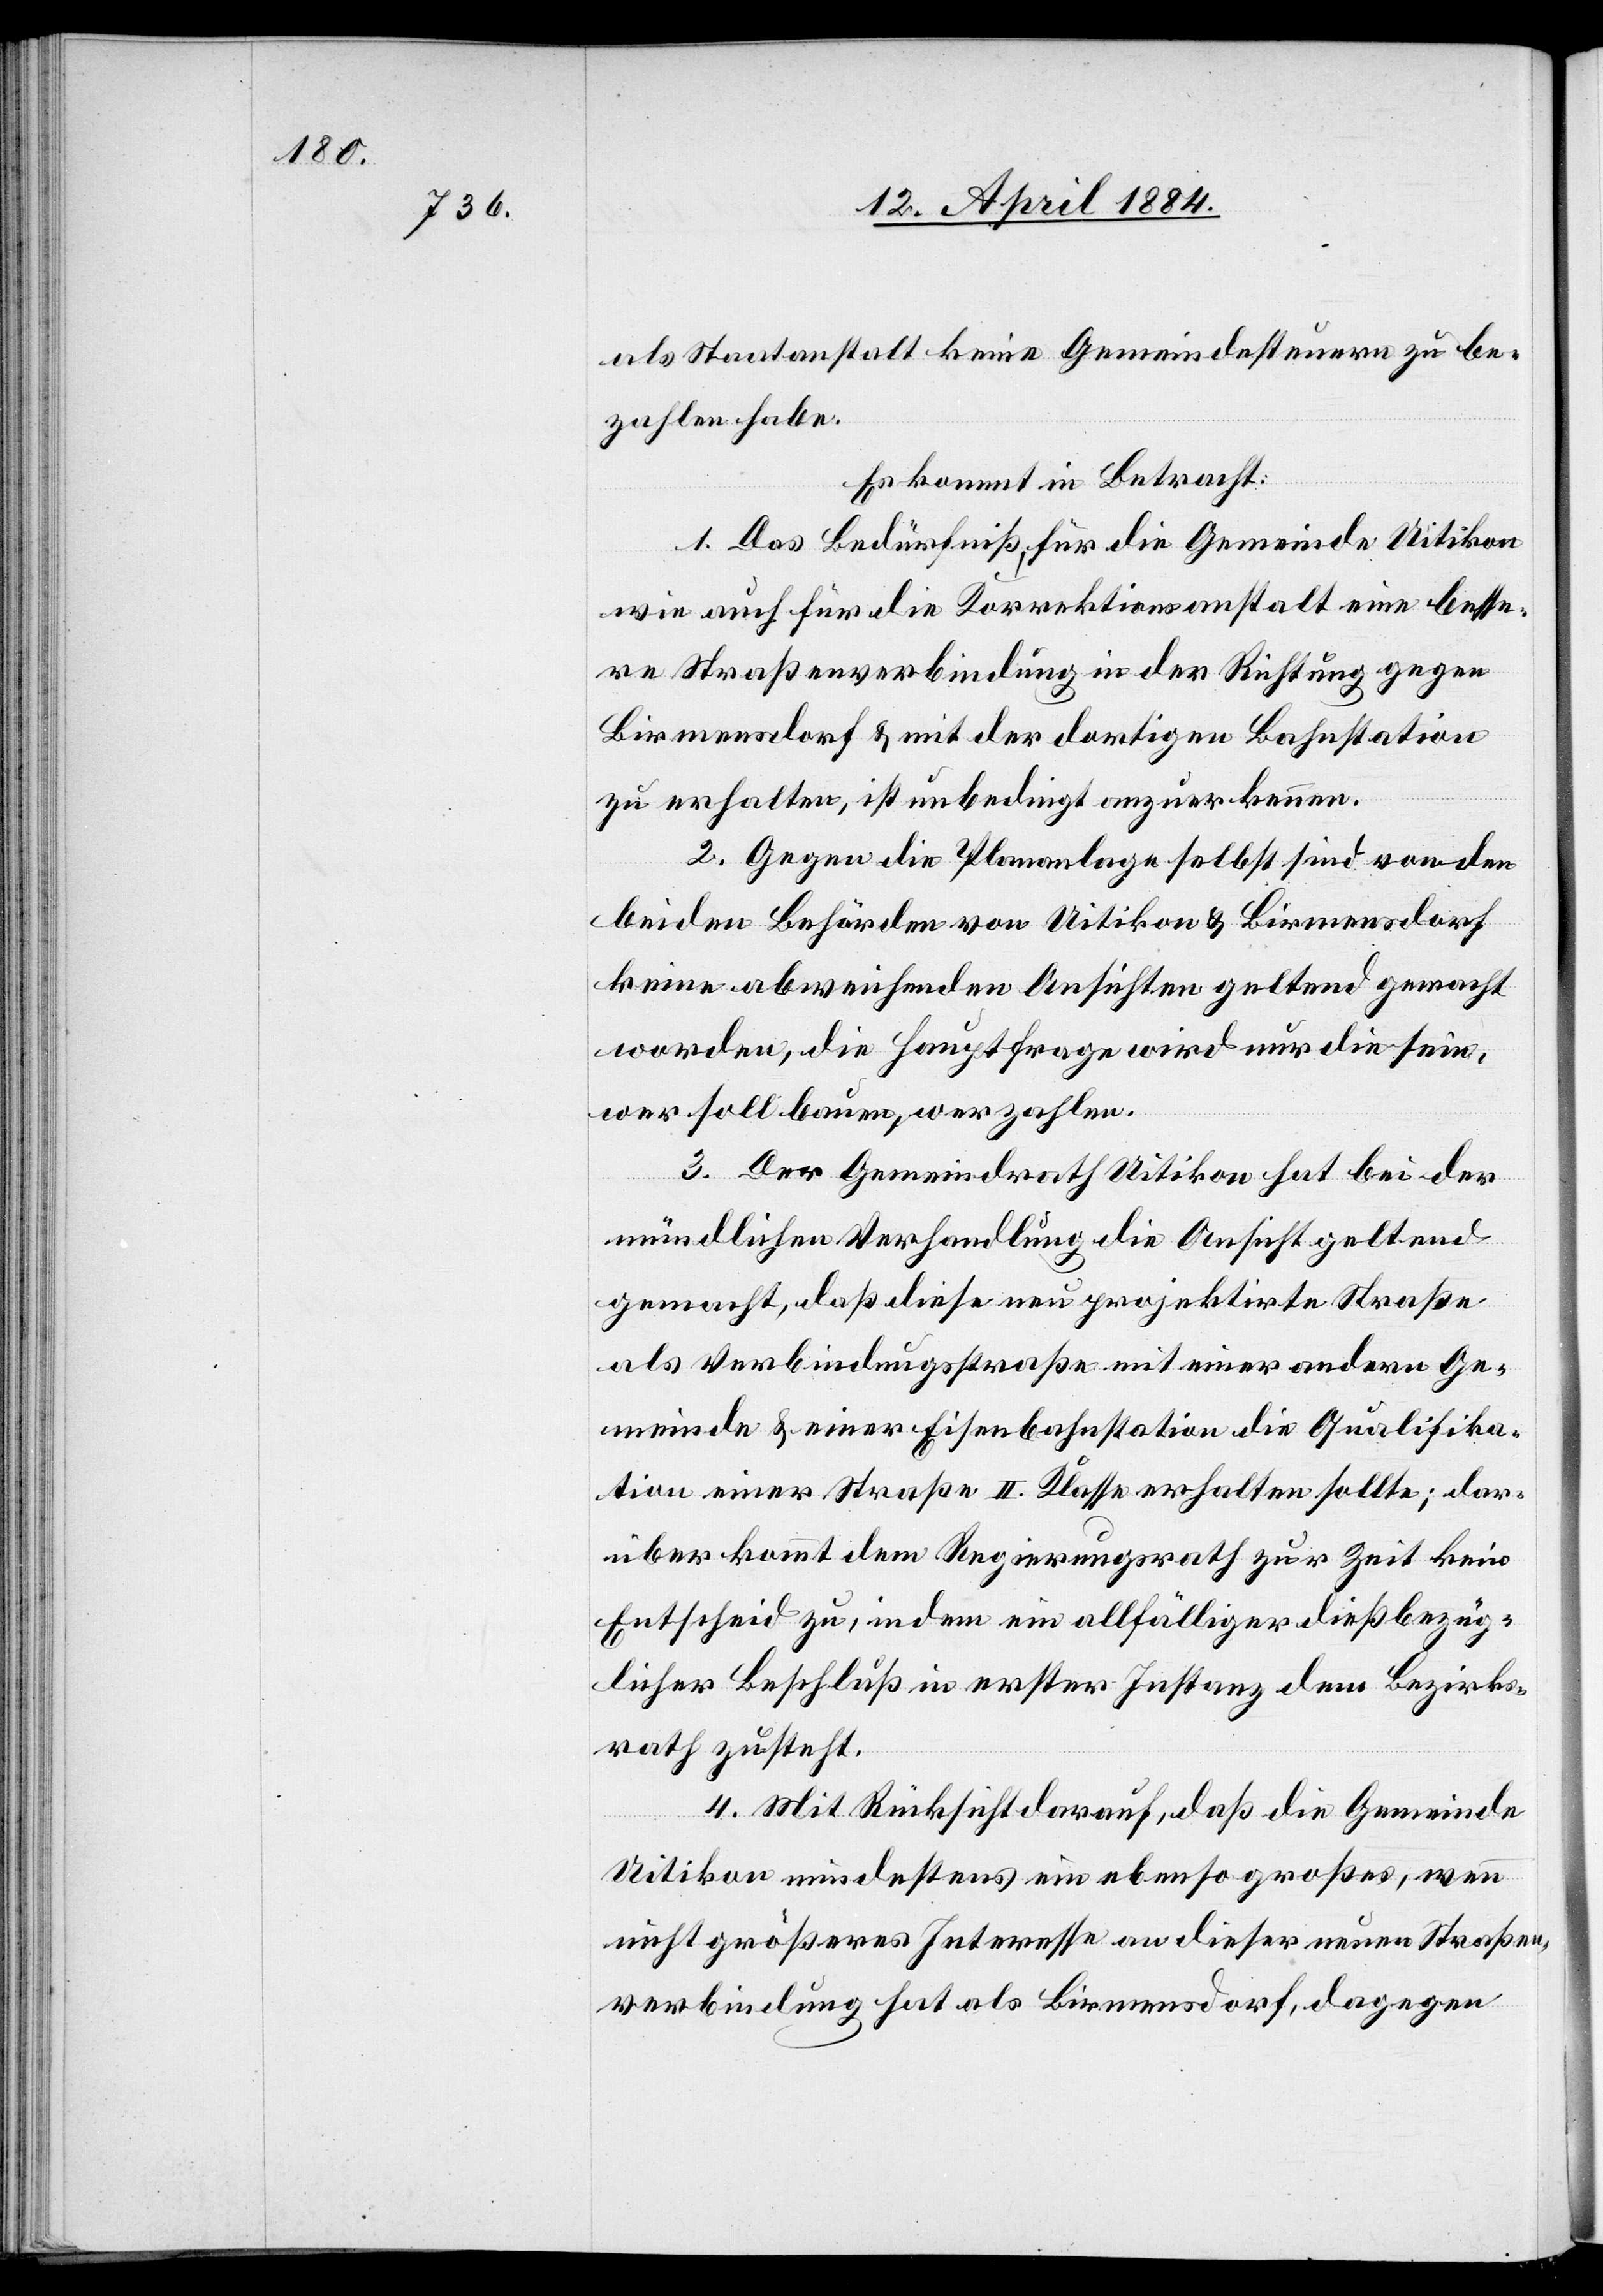
als Staatanstalt keine Gemeindesteuern zu be¬
zahlen habe.
Es kommt in Betracht:
1. Das Bedürfniß, für die Gemeinde Uitikon
wie auch für die Korrektionsanstalt eine besse¬
re Straßenverbindung in der Richtung gegen
Birmensdorf & mit der dortigen Bahnstation
zu erhalten, ist unbedingt anzuerkennen.
2. Gegen die Plananlage selbst sind von den
beiden Behörden von Uitikon & Birmensdorf
keine abweichenden Ansichten geltend gemacht
worden, die Hauptfrage wird nur die sein,
wer soll bauen, wer zahlen.
3. Der Gemeindrath Uitikon hat bei der
mündlichen Verhandlung die Ansicht geltend
gemacht, daß diese neu projektirte Straße
als Verbindungsstraße mit einer andern Ge¬
meinde & einer Eisenbahnstation die Qualifika¬
tion einer Straße II. Klasse erhalten sollte; dar¬
über kommt dem Regierungsrath zur Zeit kein
Entscheid zu, indem ein allfälliger dießbezüg¬
licher Beschluß in erster Instanz dem Bezirks¬
rath zusteht.
4. Mit Rücksicht darauf, daß die Gemeinde
Uitikon mindestens ein ebenso großes, wenn
noch größeres Interesse an dieser neuen Straßen¬
verbindung hat als Birmensdorf, dagegen